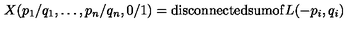
X ( p _ { 1 } / q _ { 1 } , \ldots , p _ { n } / q _ { n } , 0 / 1 ) = \mathrm { d i s c o n n e c t e d s u m o f } L ( - p _ { i } , q _ { i } )